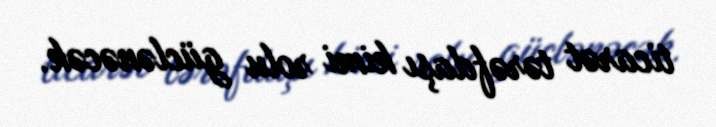
ticarət tərəfdaşı kimi rolu güclənəcək.